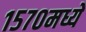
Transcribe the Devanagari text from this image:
१५७०मध्ये